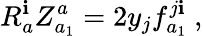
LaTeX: R_{a}^{\mathbf{i}}Z_{a_{1}}^{a}=2y_{j}f_{a_{1}}^{j\mathbf{i}}\ ,